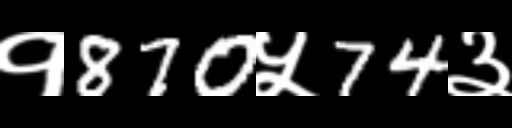
Text: १870५74३